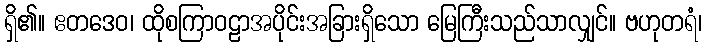
ရှိ၏။ ဧတဒေဝ၊ ထိုစကြာဝဠာအပိုင်းအခြားရှိသော မြေကြီးသည်သာလျှင်။ ဗဟုတရံ၊